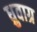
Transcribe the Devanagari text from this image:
ध्रुवाग्र